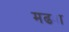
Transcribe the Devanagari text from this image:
मढ्या